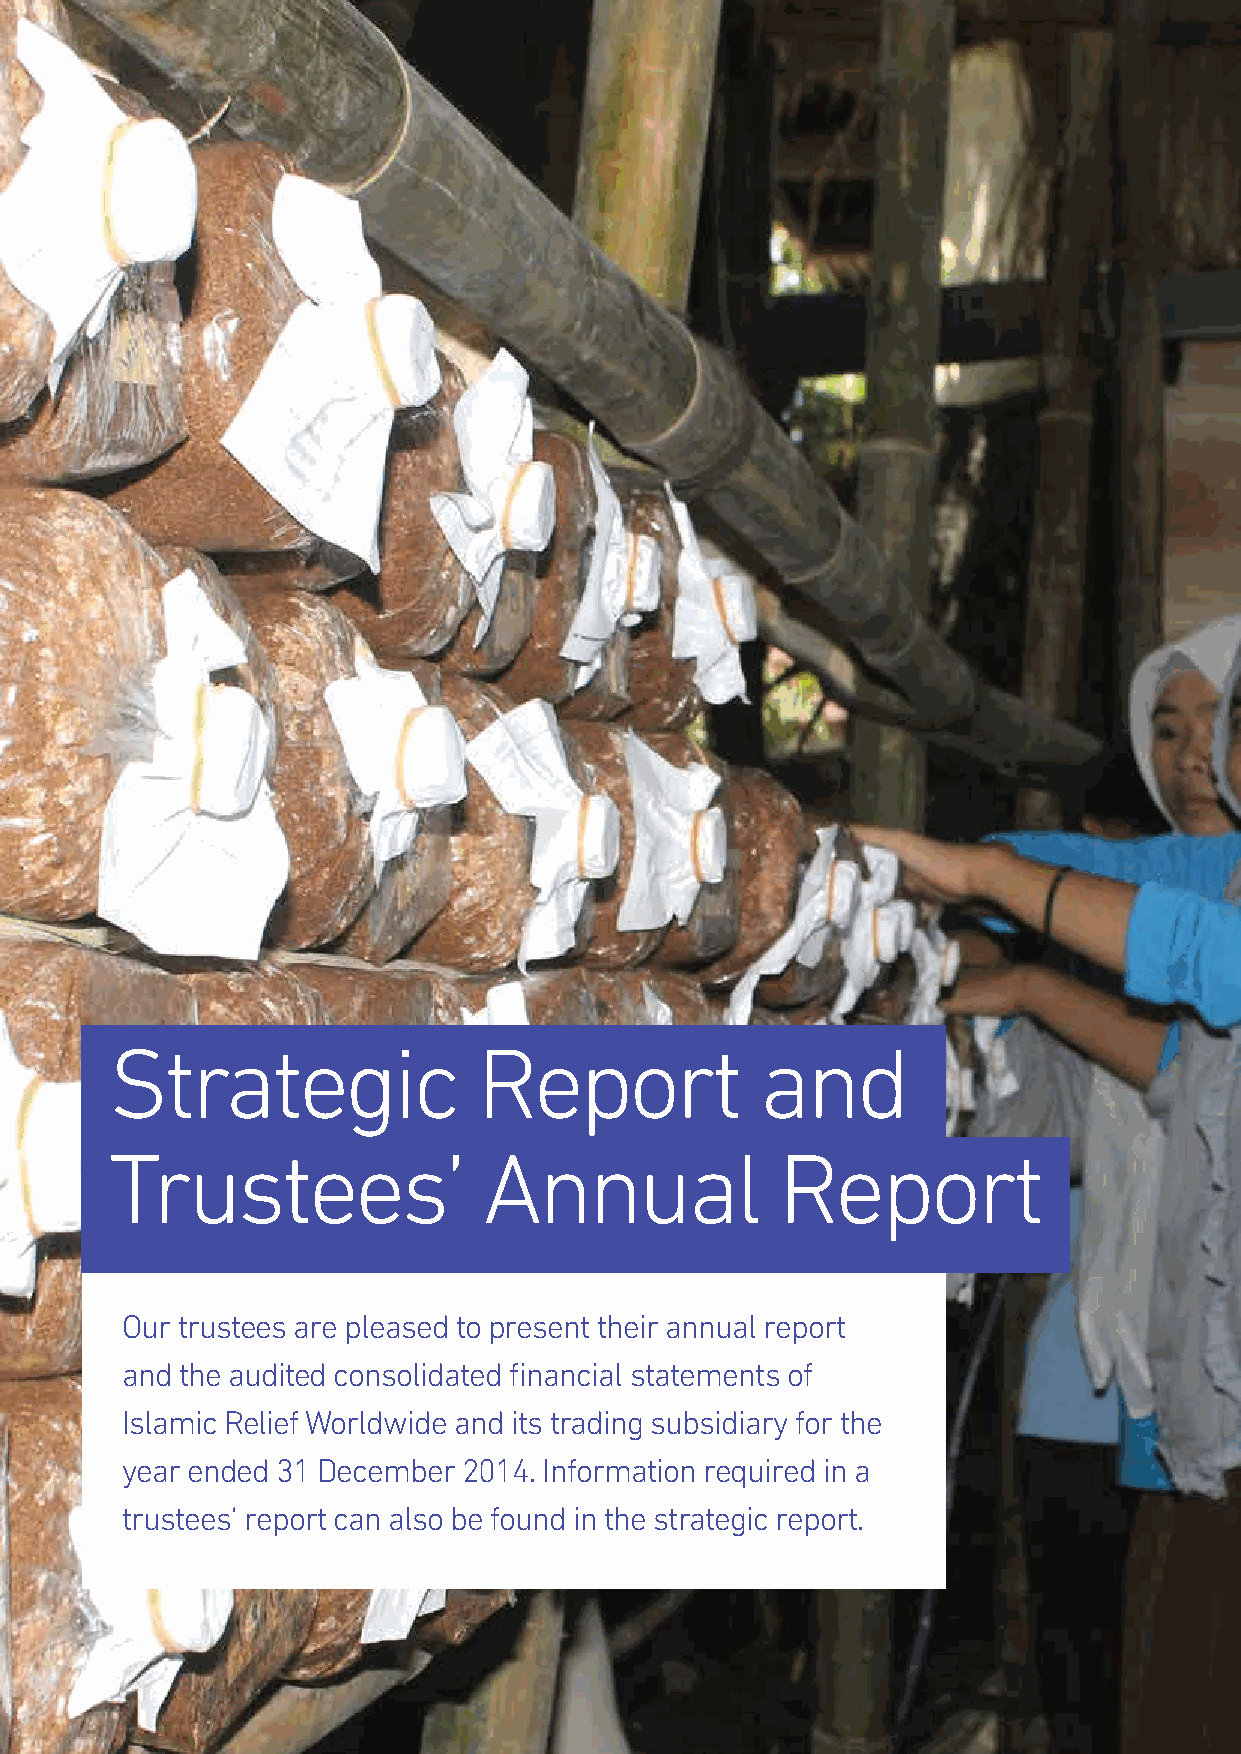
Strategic                Report            and
 Trustees’                Annual              Report
 Our trustees are pleased to present their annual report
 and the audited consolidated financial statements of
 Islamic Relief Worldwide and its trading subsidiary for the
 year ended 31 December 2014. Information required in a
 trustees’ report can also be found in the strategic report.
 8